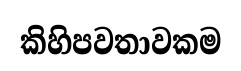
කිහිපවතාවකම